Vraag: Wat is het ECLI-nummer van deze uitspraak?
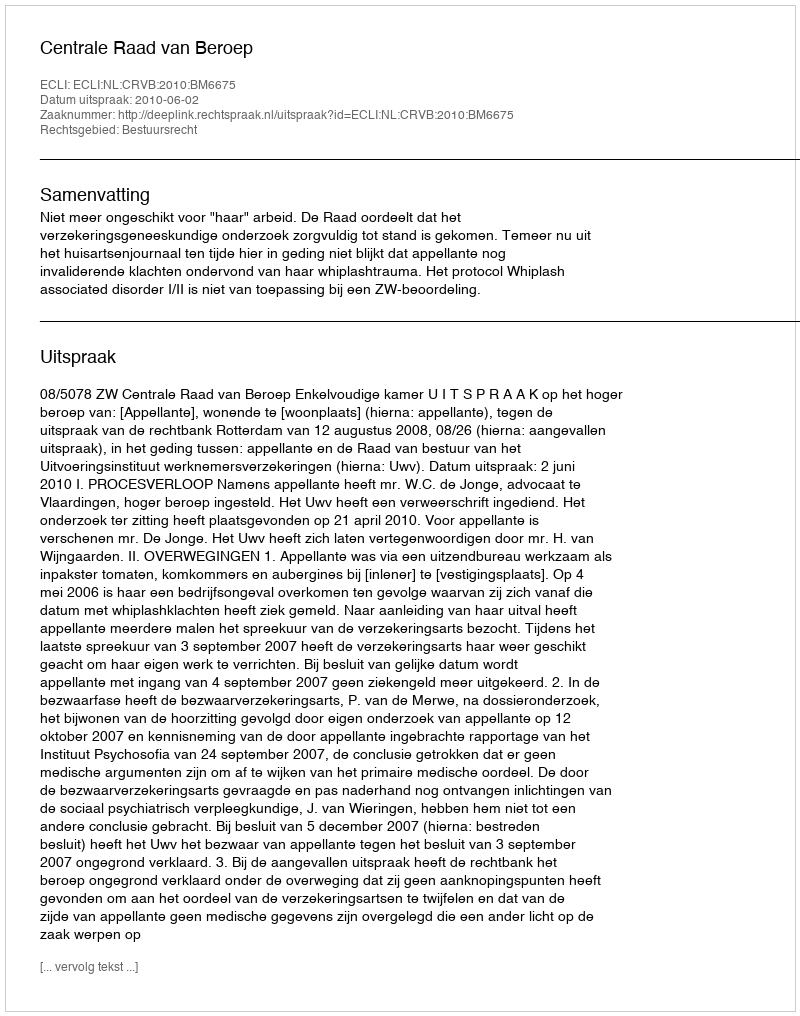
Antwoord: ECLI:NL:CRVB:2010:BM6675